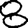
Digit: 8